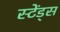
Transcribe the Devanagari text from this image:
स्टेंड्स